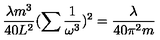
\frac { \lambda m ^ { 3 } } { 4 0 L ^ { 2 } } ( \sum \frac { 1 } { \omega ^ { 3 } } ) ^ { 2 } = \frac { \lambda } { 4 0 \pi ^ { 2 } m }